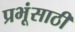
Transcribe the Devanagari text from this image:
प्रभूंसाठी